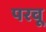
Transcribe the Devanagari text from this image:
परवू